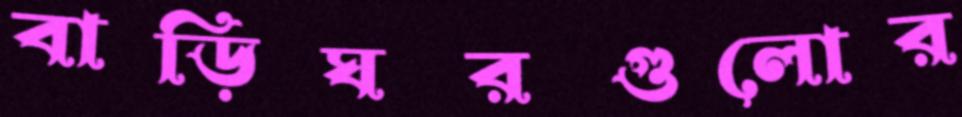
বাড়িঘরগুলোর